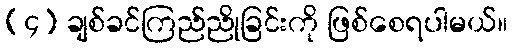
(၄) ချစ်ခင်ကြည်ညိုခြင်းကို ဖြစ်စေရပါမယ်။